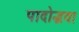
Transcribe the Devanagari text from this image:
पादोद्भवा